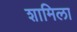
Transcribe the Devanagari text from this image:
शामिला